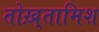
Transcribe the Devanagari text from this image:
तोख़्तामिश